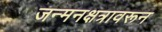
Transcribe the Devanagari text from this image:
जन्मनक्षत्रावरून